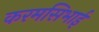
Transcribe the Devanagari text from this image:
करमसिभाई